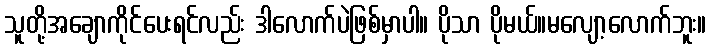
သူတို့အချောကိုင်ပေးရင်လည်း ဒါလောက်ပဲဖြစ်မှာပါ။ ပိုသာ ပိုမယ်။မလျော့လောက်ဘူး။